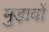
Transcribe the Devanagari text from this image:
मुड़ावों